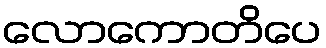
လောကောတိပေ